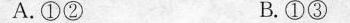
A.①② B.①③